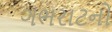
ગભરાટનો